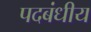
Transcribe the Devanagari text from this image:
पदबंधीय